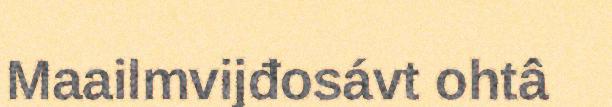
Maailmvijđosávt ohtâ